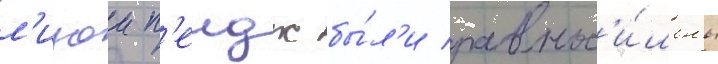
л'изои п'еидж бы́л'и равнос'и́льны